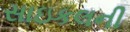
સાઇકલની